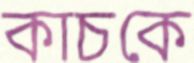
কাচকে